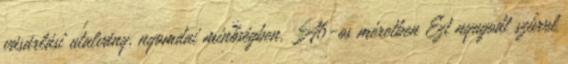
vásárlási utalvány, nyomdai minőségben, A6-os méretben Ezt nyugodt szívvel